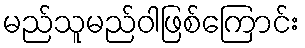
မည်သူမည်ဝါဖြစ်ကြောင်း